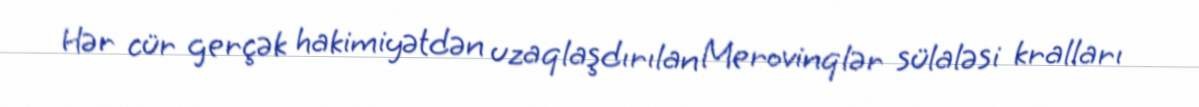
Hər cür gerçək hakimiyətdən uzaqlaşdırılan Merovinqlər sülaləsi kralları